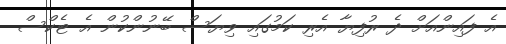
އެ ފައިންއަށް ދެ ރުފިޔާ އެރި ކަމުގައި ވިޔަސް ބޭނުންކުން އެ ޓެކްސް